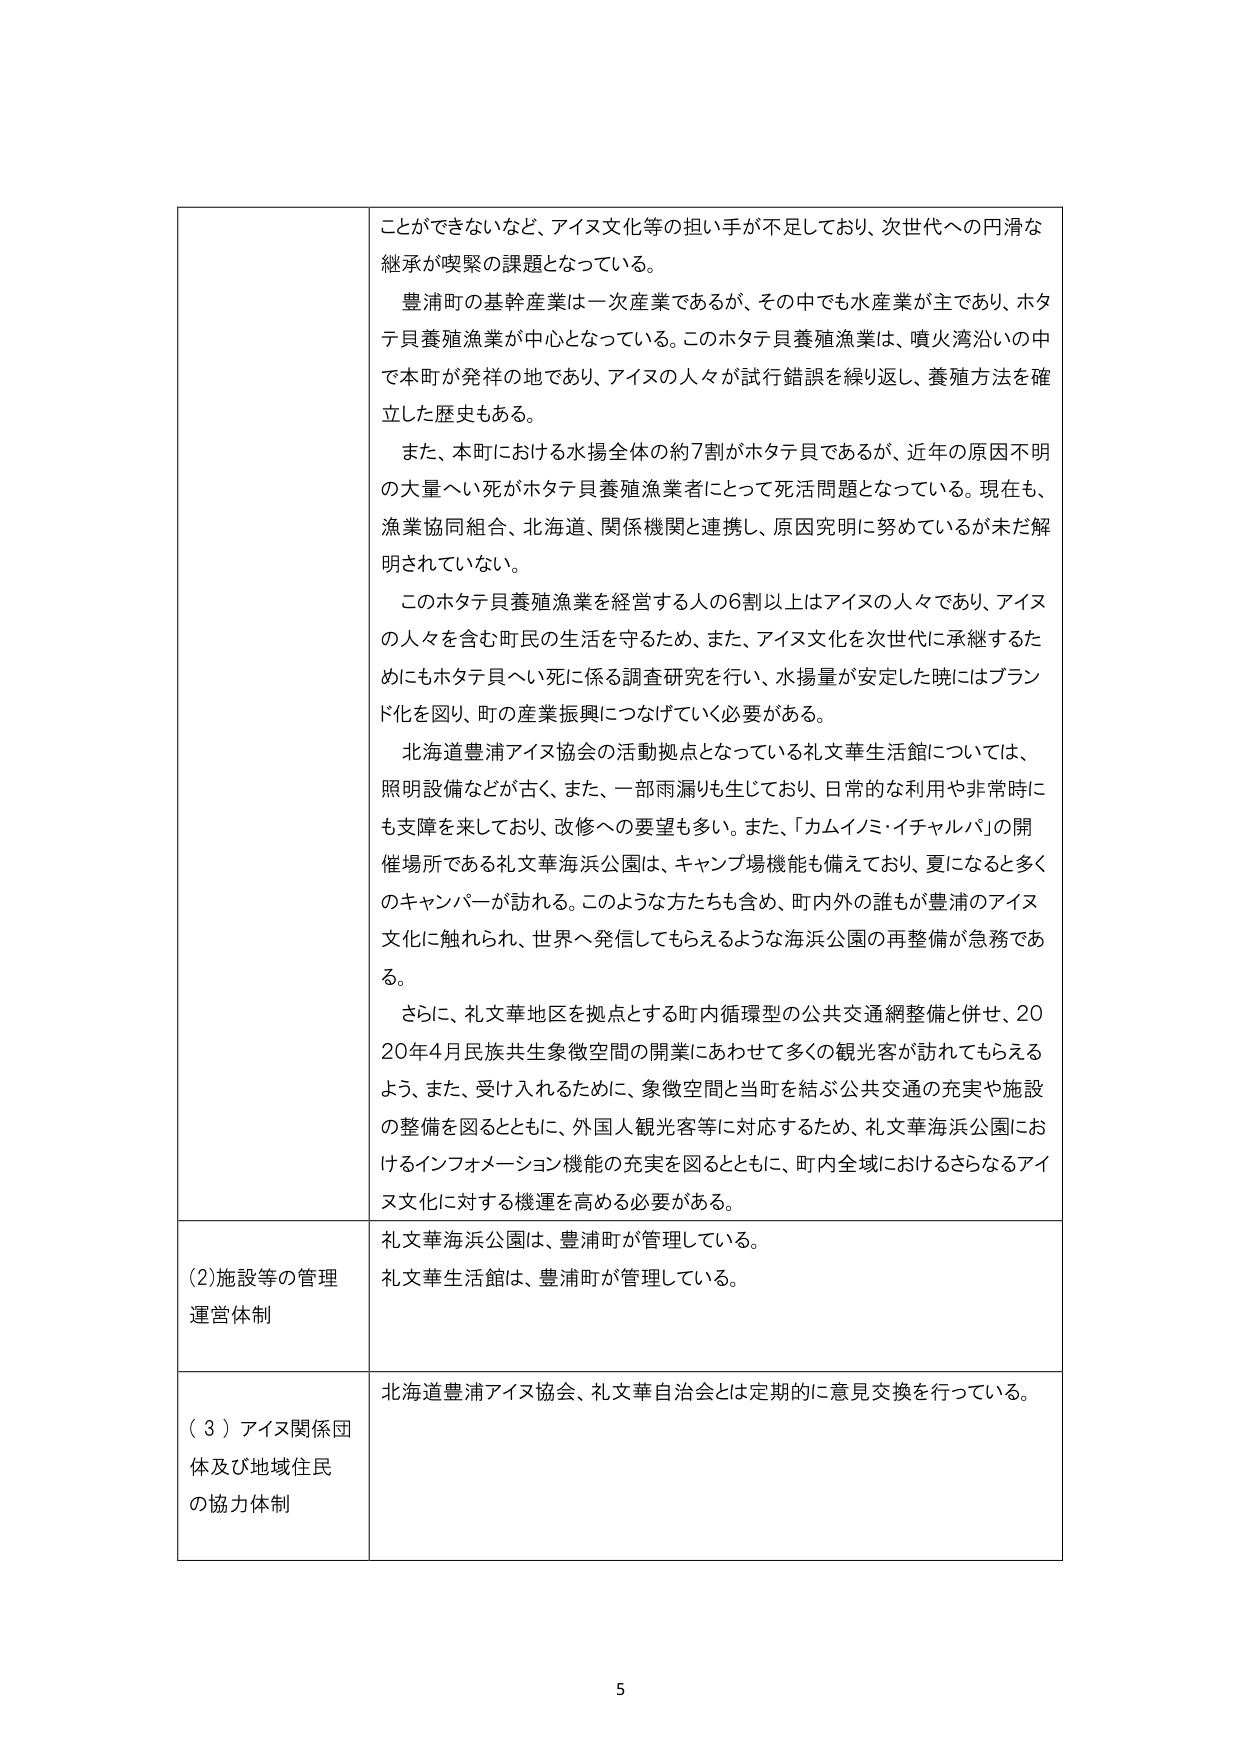
ことができないなど、アイヌ文化等の担い手が不足しており、次世代への円滑な
継承が喫緊の課題となっている。
豊浦町の基幹産業は一次産業であるが、その中でも水産業が主であり、ホタ
テ貝養殖漁業が中心となっている。このホタテ貝養殖漁業は、噴火湾沿いの中
で本町が発祥の地であり、アイヌの人々が試行錯誤を繰り返し、養殖方法を確
立した歴史もある。
また、本町における水揚全体の約7割がホタテ貝であるが、近年の原因不明
の大量へい死がホタテ貝養殖漁業者にとって死活問題となっている。現在も、
漁業協同組合、北海道、関係機関と連携し、原因究明に努めているが未だ解
明されていない。
このホタテ貝養殖漁業を経営する人の6割以上はアイヌの人々であり、アイヌ
の人々を含む町民の生活を守るため、また、アイヌ文化を次世代に承継するた
めにもホタテ貝へい死に係る調査研究を行い、水揚量が安定した暁にはブラン
ド化を図り、町の産業振興につなげていく必要がある。
北海道豊浦アイヌ協会の活動拠点となっている礼文華生活館については、
照明設備などが古く、また、一部雨漏りも生じており、日常的な利用や非常時に
も支障を来しており、改修への要望も多い。また、「カムイノミ・イチャルパ」の開
催場所である礼文華海浜公園は、キャンプ場機能も備えており、夏になると多く
のキャンパーが訪れる。このような方たちも含め、町内外の誰もが豊浦のアイヌ
文化に触れられ、世界へ発信してもらえるような海浜公園の再整備が急務であ
る。
さらに、礼文華地区を拠点とする町内循環型の公共交通網整備と併せ、20
20年4月民族共生象徴空間の開業にあわせて多くの観光客が訪れてもらえる
よう、また、受け入れるために、象徴空間と当町を結ぶ公共交通の充実や施設
の整備を図るとともに、外国人観光客等に対応するため、礼文華海浜公園にお
けるインフォメーション機能の充実を図るとともに、町内全域におけるさらなるアイ
ヌ文化に対する機運を高める必要がある。
(2)施設等の管理
運営体制
礼文華海浜公園は、豊浦町が管理している。
礼文華生活館は、豊浦町が管理している。
(3)アイヌ関係団
体及び地域住民
の協力体制
北海道豊浦アイヌ協会、礼文華自治会とは定期的に意見交換を行っている。
5